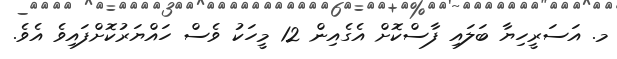
މ. އަސަރީހިޔާ ބަލައި ފާސްކޮށް އެގެއިން 12 މީހަކު ވެސް ހައްޔަރުކޮށްފައިވެ އެވެ.